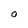
Character: O